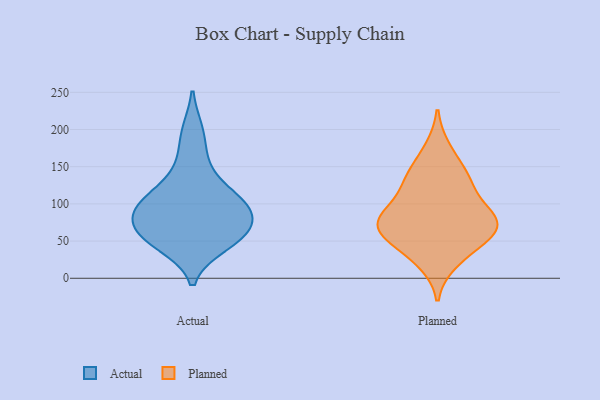
{"axis": {"x": "Backlog", "y": "Value"}, "legend": ["Actual", "Planned"], "data": [{"x": "", "y": 45, "type": "Actual"}, {"x": "", "y": 85, "type": "Actual"}, {"x": "", "y": 87, "type": "Actual"}, {"x": "", "y": 56, "type": "Actual"}, {"x": "", "y": 83, "type": "Actual"}, {"x": "", "y": 56, "type": "Actual"}, {"x": "", "y": 57, "type": "Actual"}, {"x": "", "y": 112, "type": "Actual"}, {"x": "", "y": 155, "type": "Actual"}, {"x": "", "y": 99, "type": "Actual"}, {"x": "", "y": 114, "type": "Actual"}, {"x": "", "y": 197, "type": "Actual"}, {"x": "", "y": 79, "type": "Planned"}, {"x": "", "y": 104, "type": "Planned"}, {"x": "", "y": 76, "type": "Planned"}, {"x": "", "y": 75, "type": "Planned"}, {"x": "", "y": 72, "type": "Planned"}, {"x": "", "y": 23, "type": "Planned"}, {"x": "", "y": 129, "type": "Planned"}, {"x": "", "y": 62, "type": "Planned"}, {"x": "", "y": 133, "type": "Planned"}, {"x": "", "y": 54, "type": "Planned"}, {"x": "", "y": 37, "type": "Planned"}, {"x": "", "y": 139, "type": "Planned"}, {"x": "", "y": 79, "type": "Planned"}, {"x": "", "y": 173, "type": "Planned"}]}